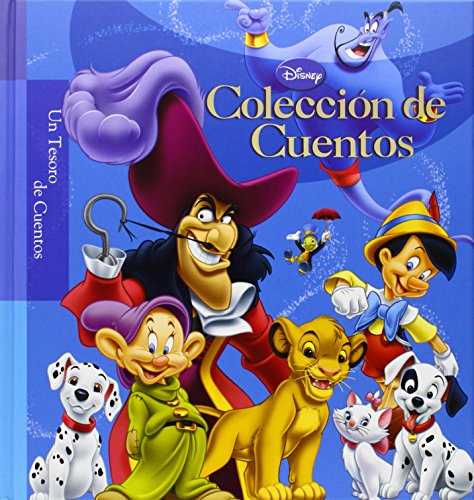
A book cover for Disney Tesoro de cuentos: Coleccion de cuentos (Un Tesoro De Cuentos / a Treasure of Stories) (Spanish Edition); Silver Dolphin en Espanol; Children's Books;